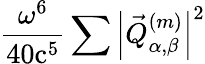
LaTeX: \frac{\omega^{6}}{40\mathrm{c}^{5}}\sum\left|\vec{Q}_{\alpha,\beta}^{(m)}\right|^{2}